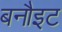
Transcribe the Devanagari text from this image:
बनौइट